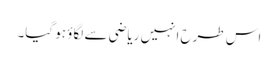
اس طرح انہیں ریاضی سے لگاؤ ہو گیا۔